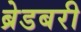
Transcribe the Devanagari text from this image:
ब्रेडबरी